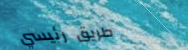
طريق رئيسي